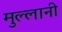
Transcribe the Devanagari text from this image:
मुल्लानी